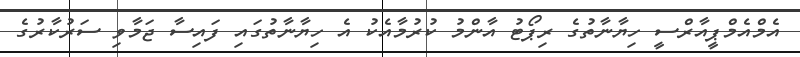
އެމްއެމްޕީއާރްސީ ހިޔާނާތުގެ ރިޕޯޓު އާންމު ކުރުމާއެކު އެ ހިޔާނާތުގައި ފައިސާ ޖަމާވި ސަރުކާރުގެ